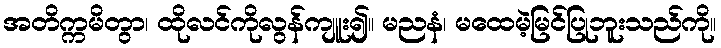
အတိက္ကမိတွာ၊ ထိုလင်ကိုလွန်ကျူး၍။ မညနံ၊ မထေမဲ့မြင်ပြုဘူးသည်ကို။